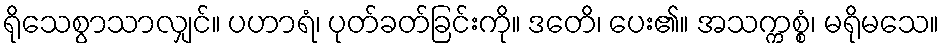
ရိုသေစွာသာလျှင်။ ပဟာရံ၊ ပုတ်ခတ်ခြင်းကို။ ဒတေိ၊ ပေး၏။ အသက္ကစ္စံ၊ မရိုမသေ။